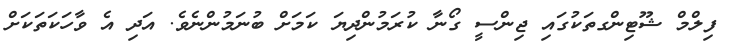
ފިލްމް ޝޫޓިންގތަކުގައި ޖިންސީ ގޯނާ ކުރަމުންދިޔަ ކަމަށް ބުނަމުންނެވެ. އަދި އެ ވާހަކަތަކަށް